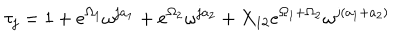
\tau _ { j } = 1 + e ^ { \Omega _ { 1 } } \omega ^ { j a _ { 1 } } + e ^ { \Omega _ { 2 } } \omega ^ { j a _ { 2 } } + X _ { 1 2 } e ^ { \Omega _ { 1 } + \Omega _ { 2 } } \omega ^ { j ( a _ { 1 } + a _ { 2 } ) }